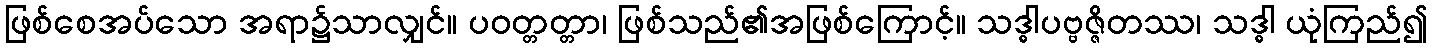
ဖြစ်စေအပ်သော အရာ၌သာလျှင်။ ပဝတ္တတ္တာ၊ ဖြစ်သည်၏အဖြစ်ကြောင့်။ သဒ္ဓါပဗ္ဗဇ္ဇိတဿ၊ သဒ္ဓါ ယုံကြည်၍